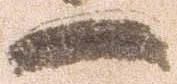
一